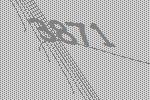
3871